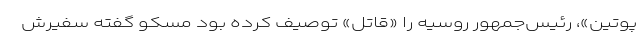
پوتین»، رئیس‌جمهور روسیه را «قاتل» توصیف کرده بود مسکو گفته سفیرش